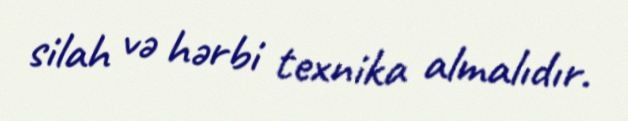
silah və hərbi texnika almalıdır.